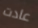
عادت